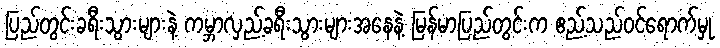
ပြည်တွင်းခရီးသွားများနဲ့ ကမ္ဘာလှည့်ခရီးသွားများအနေနဲ့ မြန်မာပြည်တွင်းက ဧည့်သည်ဝင်ရောက်မှု